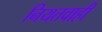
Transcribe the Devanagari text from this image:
नियतवाही